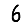
Digit: 6